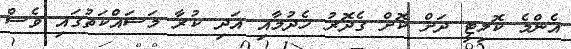
އެންމެ ކޮލިޓީ ދަށް ކޮށް ގެދޮރު ހެދުމާއި އަދި ކުރާ މަސައްކަތުގައި ވެސް